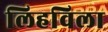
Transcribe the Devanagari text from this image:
लिहविला